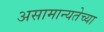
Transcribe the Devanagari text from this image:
असामान्यतेच्या